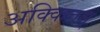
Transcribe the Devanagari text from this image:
अक्कित्तम्